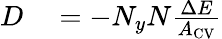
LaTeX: \begin{array}{rl}{D}&{{}=-N_{y}N\frac{\Delta E}{A_{\mathrm{{CV}}}}}\end{array}